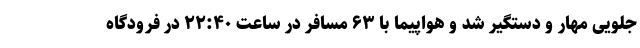
جلویی مهار و دستگیر شد و هواپیما با ۶۳ مسافر در ساعت ۲۲:۴۰ در فرودگاه